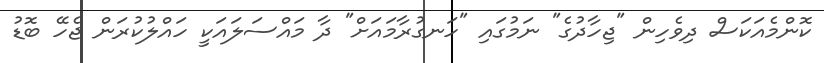
ކޮންމެއަކަސް ދިވެހިން "ޖިހާދުގެ" ނަމުގައި "ހަނގުރާމައަށް" ދާ މައްސަލައަކީ ހައްލުކުރަން ޖެހޭ ބޮޑު